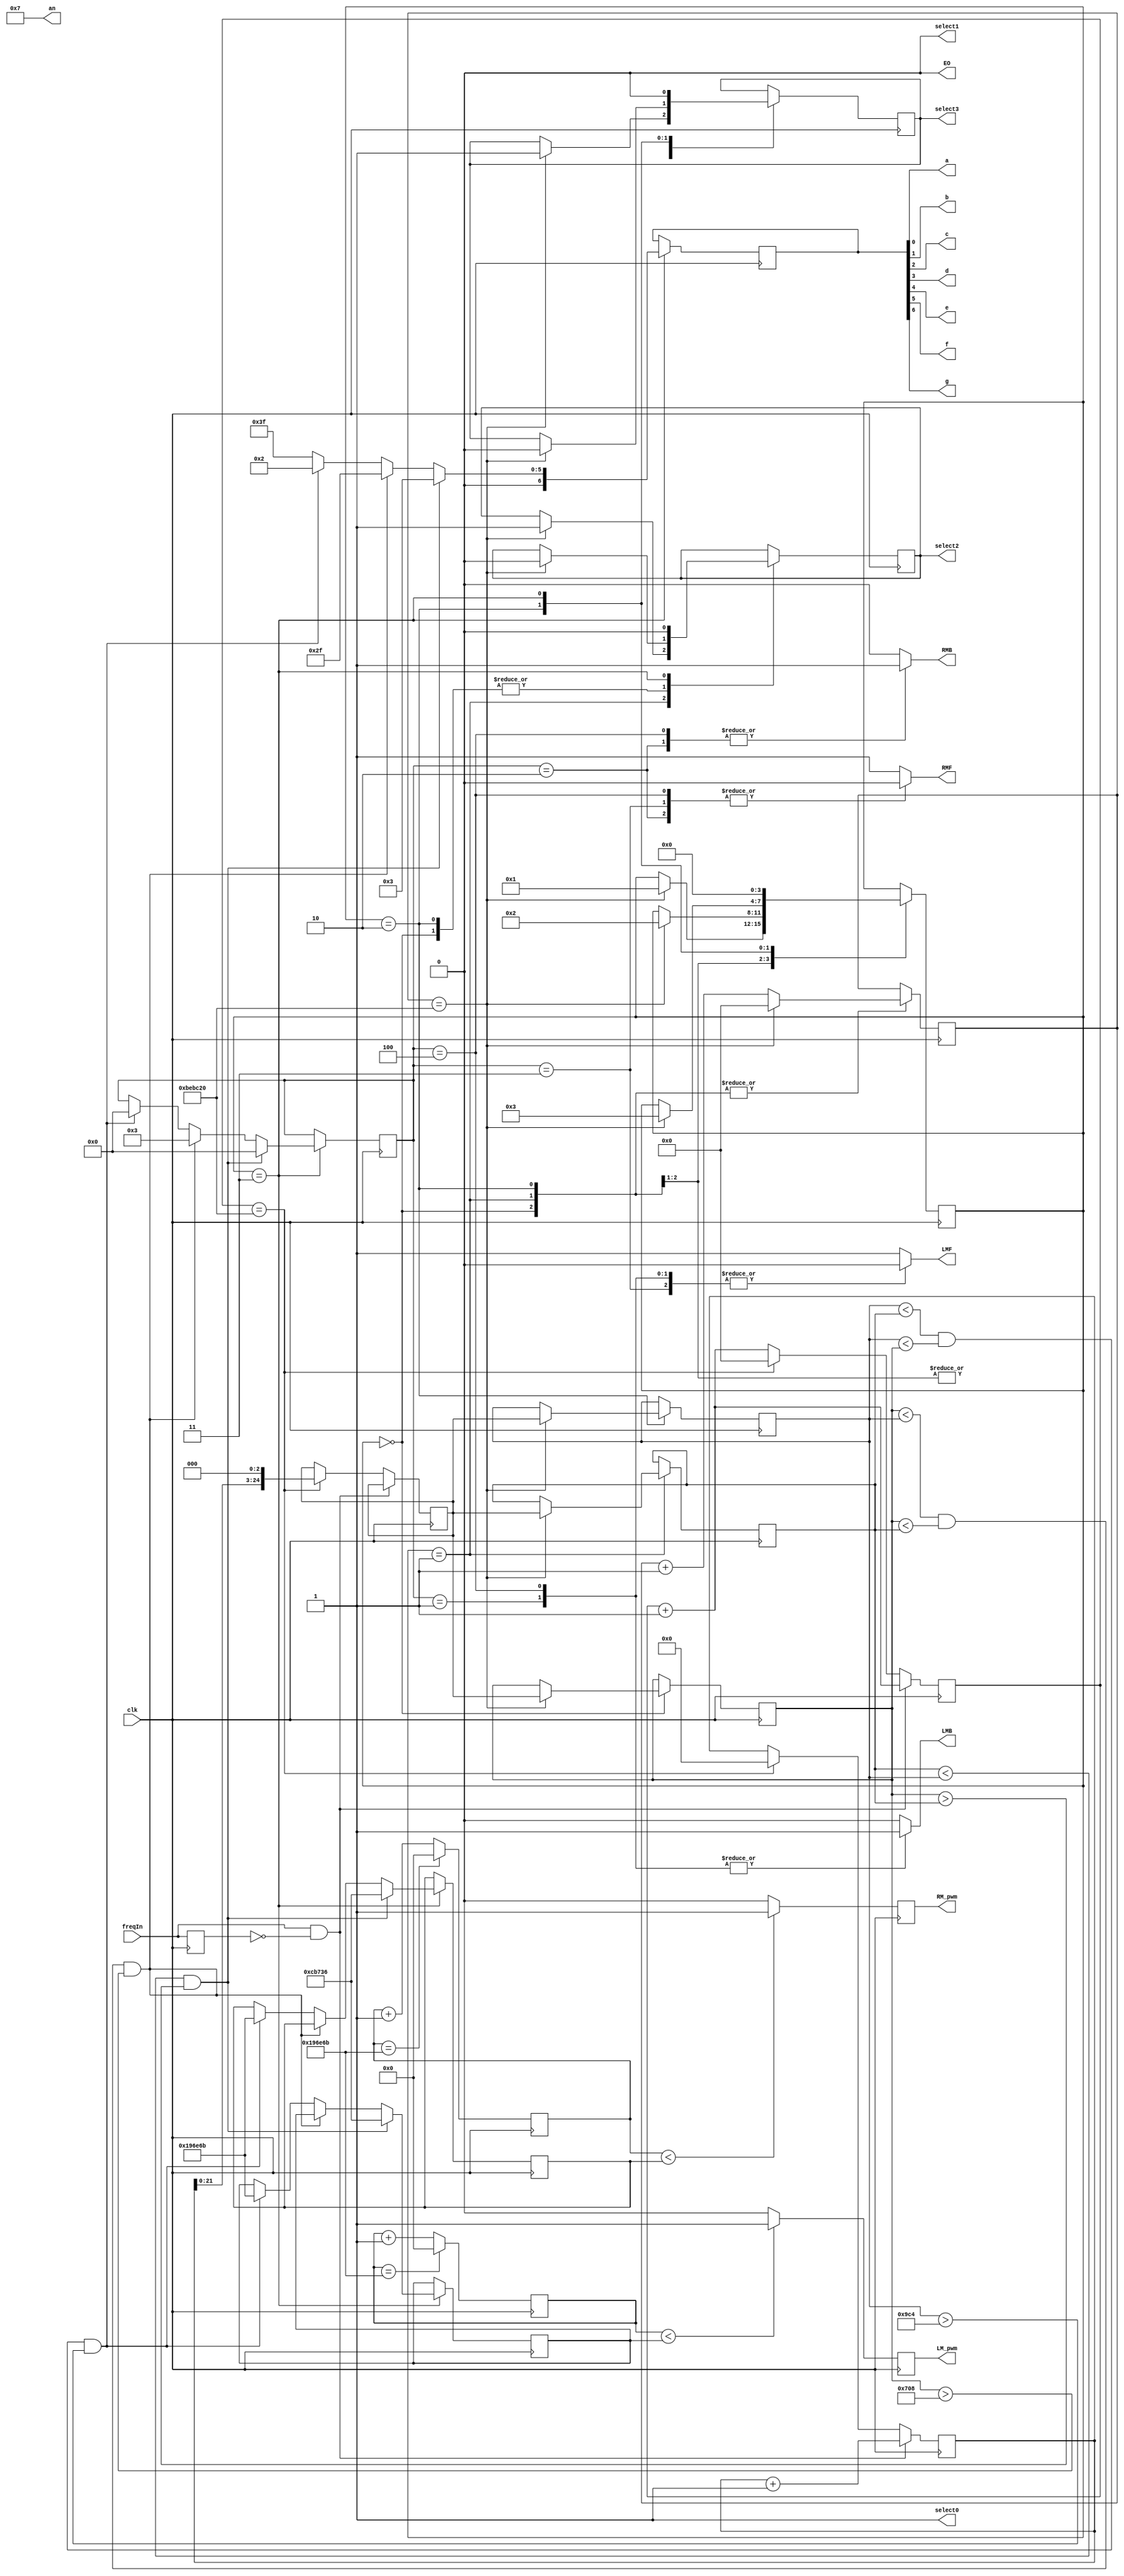
module color_sensor(
input freqIn,
input clk,
output RMF,RMB,LMF,LMB, LM_pwm,RM_pwm,  
output select0,
output select1,
output reg select2,
output reg select3,
output EO,
output [3:0]an, 
output a, b, c, d, e, f, g
    );
    reg [24:0] red;
    reg [24:0] green;
    reg [24:0] blue;
    reg [24:0] clear;
    reg prevFreq;
    reg [26:0] counter;
    reg [26:0] clkCount;
    reg [24:0] freqCount;
    reg [24:0] freq;
    reg [6:0] motor_temp;
    reg JC3_temp, JC4_temp, JC9_temp, JC10_temp, curr_pwm_r, curr_pwm_L;
    reg [3:0]sseg;
    reg [6:0]sseg_temp;
    reg [3:0] colState;
    
    reg[22:0] counter_r;
    reg[22:0] counter_L;
    reg[22:0] pulsewidth_r;
    reg[22:0] pulsewidth_L;
    reg RM_pwm_temp;
    reg LM_pwm_temp;
    
    reg [6:0] motor_temp;
    reg RMF_temp, RMB_temp, LMF_temp, LMB_temp;
    initial begin
    red = 0;
    green = 0;
    blue = 0;
    clear = 0;
    counter = 0;
    freqCount = 0;
    clkCount = 0;
    freq = 0;
    colState = 0;
    select2 = 0;
    select3 = 0;
    //prevFreq = 0;
    end
       
    assign EO = 0;
    assign select0 = 1;
    assign select1 = 0;
    //assign select2 = 0;
    //assign select3 = 1;
    assign an = 4'b0111;
    
    always@ (posedge clk)
    begin
        counter <= counter + 1;    
        prevFreq <= freqIn;
    
        if(freqIn == 1 && prevFreq == 0)
        begin
            freqCount <= freqCount + 1;
        end    
        else if(counter == 12_500_000)
        begin
            freq <= freqCount << 3;
            freqCount <= 0;
            counter <= 0;
        end
    end
    
    always@(negedge clk)
    begin
        if(counter_r == 1666667)
            counter_r <= 0;
        else
            counter_r <= counter_r +1;
        if(counter_r < pulsewidth_r)
            RM_pwm_temp  = 1;
        else
            RM_pwm_temp = 0;  
    end
    
    always@(negedge clk)
    begin
        if(counter_L == 1666667)
            counter_L <= 0;
        else
            counter_L <= counter_L +1;
        if(counter_L < pulsewidth_L)
            LM_pwm_temp = 1;
        else
            LM_pwm_temp = 0;  
    end

    always@ (posedge clk)
    begin
    case(colState)
    0 : begin // red filter select
            clkCount <= clkCount + 1;
            if(clkCount == 12_500_000)
            begin 
                red <= freq;
                //red = red - 10000;
                clkCount <= 0;
                colState <= 1;
                select2 <= 0;
                select3 <= 1;
            end
        end
        
    1 : begin // blue filter select
            clkCount <= clkCount + 1;
            if(clkCount == 12_500_000)
            begin
                blue <= freq;
                clkCount <= 0;
                colState <= 2;
                select2 <= 1;
                select3 <= 1;
            end
        end
    2 : begin
            clkCount <= clkCount + 1;
            if(clkCount == 12_500_000)
            begin
                green <= freq;
                clkCount <= 0;
                colState <= 3;
                select2 <= 0;
                select3 <= 0;
            end
        end
    3: begin
        /*if( red > green && red > blue/*red > 2000 && green > 2000 && blue > 2000 && red != green && green != blue && blue != red)
        begin
            sseg_temp = 7'b0111111;
        end
        else 
        begin
            sseg_temp = 7'b0000000;
        end*/
        
            if(blue < green && red > blue)
            begin
                sseg_temp <= 7'b0000011;
                pulsewidth_L <= 833334;
                pulsewidth_r <= 833334;
                motor_temp <= 4'd0;
            end
            else if(red < green && red < blue && red > 1800)// && red >= 10000)
            begin
                sseg_temp   <= 7'b0101111;
                motor_temp <= 4'd3;
            end
            else if(green < blue && green < red && green > 2500)
            begin
                sseg_temp <= 7'b0000010;
                pulsewidth_L <= 1666667;
                pulsewidth_r <= 1666667;
                motor_temp <= 4'd0;
            end
            else
            begin
            sseg_temp <= 7'b0111111;
            end
            colState <= 0;
            select2 <= 0;
            select3 <= 0;
        end
    endcase
    end
    assign {g, f, e, d, c, b, a} = sseg_temp;

    
    always@(*)
     begin 
        case(motor_temp)
            4'd0: // forwards
                begin
                    RMF_temp  =  1;
                    RMB_temp  =  0;
                    LMF_temp  =  1;
                    LMB_temp  =  0;
                end
            4'd1: // left turn
                begin
                    RMF_temp  =  1;
                    RMB_temp  =  0;
                    LMF_temp  =  0;
                    LMB_temp  =  1;
                end
           4'd2: // right turn
                begin
                    RMF_temp  =  0;
                    RMB_temp  =  1;
                    LMF_temp  =  1;
                    LMB_temp  =  0;
                end
          4'd3: // Stop
                begin
                    RMF_temp  =  0;
                    RMB_temp  =  0;
                    LMF_temp  =  0;
                    LMB_temp  =  0;
                end
          4'd4: // Backwards
                begin
                    RMF_temp  =  0;
                    RMB_temp  =  1;
                    LMF_temp  =  0;
                    LMB_temp  =  1;
                end
           default: // forwards
                begin
                    RMF_temp  =  1;
                    RMB_temp  =  0;
                    LMF_temp  =  1;
                    LMB_temp  =  0;
                end
        endcase
     end
//////////////////////////////////////////////////////////////////////////////////////////////////////////////////////////////////////////////////////////////////


    
    assign RM_pwm = RM_pwm_temp; //JC2
    assign LM_pwm = LM_pwm_temp; //JC8
    
    assign RMF = RMF_temp;
    assign RMB = RMB_temp;
    assign LMF = LMF_temp;
    assign LMB = LMB_temp;
    
endmodule